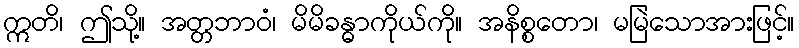
ဣတိ၊ ဤသို့။ အတ္တဘာဝံ၊ မိမိခန္ဓာကိုယ်ကို။ အနိစ္စတော၊ မမြဲသောအားဖြင့်။